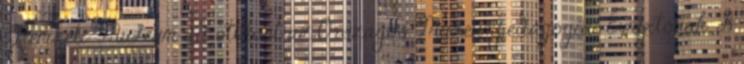
Nemzeti Múzeum ad otthont az Országos Múzeumpedagógiai Évnyitónak. A